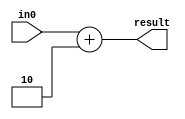
`timescale 1ns / 1ps
//////////////////////////////////////////////////////////////////////////////////
// Company: 
// Engineer: 
// 
// Design Name: 
// Module Name: add_two
// Project Name: 
// Target Devices: 
// Tool Versions: 
// Description: 
// 
// Dependencies: 
// 
// Revision:
// Revision 0.01 - File Created
// Additional Comments:
// 
//////////////////////////////////////////////////////////////////////////////////


module add_two(
    input [15:0] in0,
    output [15:0] result
    );
    
    assign result = in0 + 2;
    
endmodule